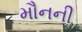
મૌનની